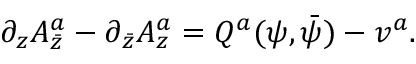
\partial _ { z } A _ { \bar { z } } ^ { a } - \partial _ { \bar { z } } A _ { z } ^ { a } = Q ^ { a } ( \psi , \bar { \psi } ) - v ^ { a } .